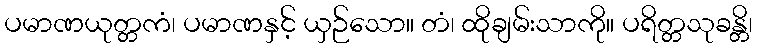
ပမာဏယုတ္တကံ၊ ပမာဏနှင့် ယှဉ်သော။ တံ၊ ထိုချမ်းသာကို။ ပရိတ္တသုခန္တိ၊